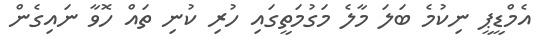
އެމްޑީޕީ ނިކުމެ ބަލަ މާލެ މަގުމަތީގައި ހުރި ކުނި ތައް ހޮވާ ނައިގެން